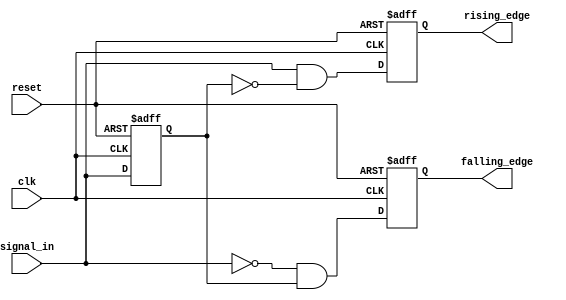
module dual_edge_detector (
    input wire clk,                // Clock signal
    input wire reset,              // Asynchronous reset
    input wire signal_in,          // Input signal to detect edges
    output reg rising_edge,        // Output signal for rising edge detection
    output reg falling_edge        // Output signal for falling edge detection
);

// Memory element to store the previous state of the input signal
reg previous_state;

// Initialization and edge detection logic
always @(posedge clk or posedge reset) begin
    if (reset) begin
        // Reset the previous state and outputs
        previous_state <= 1'b0;
        rising_edge <= 1'b0;
        falling_edge <= 1'b0;
    end else begin
        // Edge detection logic
        rising_edge <= (signal_in == 1'b1 && previous_state == 1'b0);
        falling_edge <= (signal_in == 1'b0 && previous_state == 1'b1);

        // Update previous state for the next clock cycle
        previous_state <= signal_in;
    end
end

endmodule